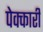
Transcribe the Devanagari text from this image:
पेक्कारी